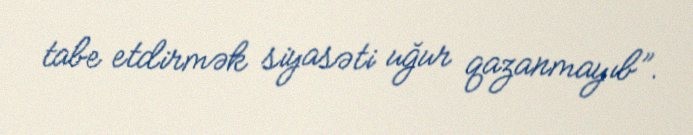
tabe etdirmək siyasəti uğur qazanmayıb”.